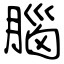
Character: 腦